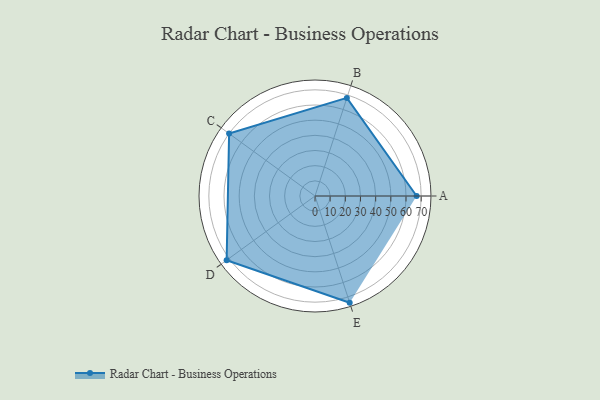
{"axis": {"x": "Skill", "y": "Score"}, "legend": ["Profile"], "data": [{"x": "A", "y": 67.0, "type": "Profile"}, {"x": "B", "y": 68.0, "type": "Profile"}, {"x": "C", "y": 70.0, "type": "Profile"}, {"x": "D", "y": 72.0, "type": "Profile"}, {"x": "E", "y": 74.0, "type": "Profile"}]}